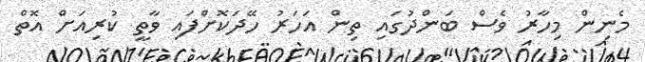
މެނިން މިހާރު ވެސް ބަންދުގައި ތިން އަހަރު ހޭދަކޮށްފައި ވާތީ ކުރިއަށް އޮތް